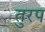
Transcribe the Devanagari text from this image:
तुरप